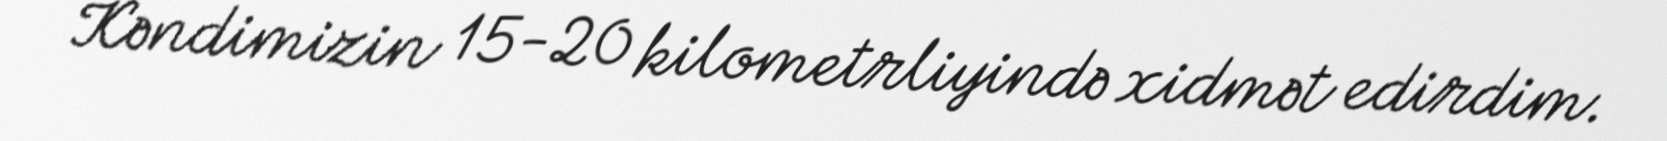
Kəndimizin 15-20 kilometrliyində xidmət edirdim.